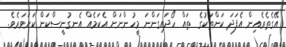
އޭގެތެރެއިން އެފަދަ ކަންތަކުގެ  ތައް ހޯދައިގަންނަ މީހުންނަށް އެކަމެއް އެނގުނީސްކަން ކަށަވަރެވެ.